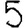
Digit: 5